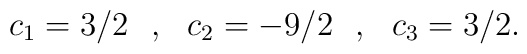
c_1=3/2\:\:\:,\:\:\:c_2=-9/2\:\:\:,\:\:\:c_3=3/2.